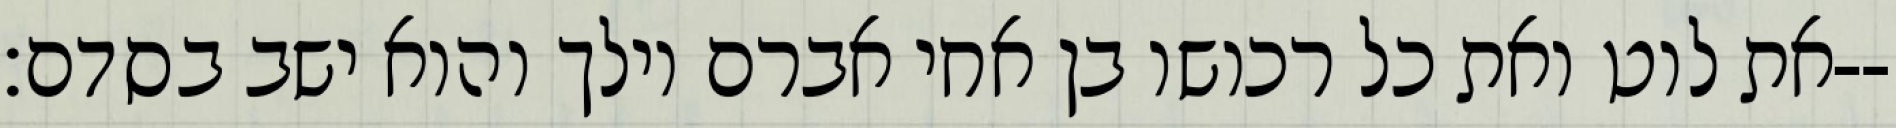
את לוט ואת כל רכושו בן אחי אברם וילך והוא ישב בסדם׃--